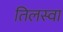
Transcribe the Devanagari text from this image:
तिलस्वा